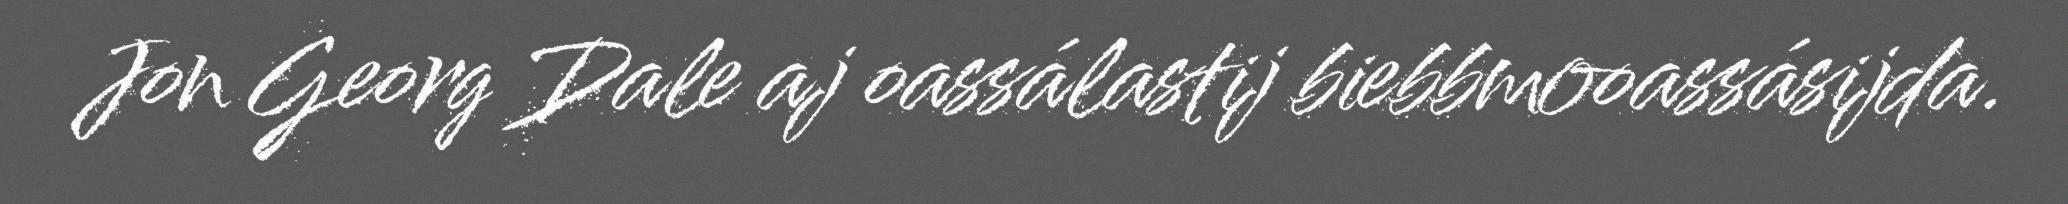
Jon Georg Dale aj oassálastij biebbmooassásijda.